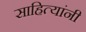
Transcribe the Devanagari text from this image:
साहित्यांनी